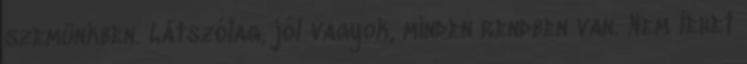
szemünkben. Látszólag, jól vagyok, minden rendben van. Nem lehet